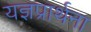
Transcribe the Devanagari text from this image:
यज्ञप्रार्थना